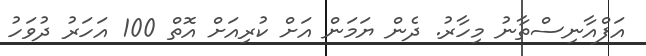
އަފްއާނިސްތާނު މިހާރު. ދެން ޔަމަން އަށް ކުރިއަށް އޮތް 100 އަހަރު ދުވަހު